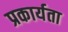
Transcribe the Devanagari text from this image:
प्रकार्यता